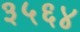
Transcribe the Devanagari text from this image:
३५६४